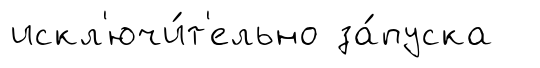
искл'ючи́т'ельно за́пуска